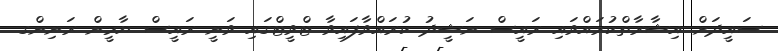
ސައީދަށް އިޝާރާތްކުރައްވައި ރައީސް ނަޝީދު ކުރައްވާފައިވާ ޓްވީޓްގައި ވަނީ ރައީސް ޔާމީން ރަނިންގ